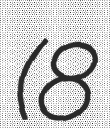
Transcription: (8